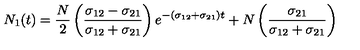
N _ { 1 } ( t ) = \frac { N } { 2 } \left( \frac { \sigma _ { 1 2 } - \sigma _ { 2 1 } } { \sigma _ { 1 2 } + \sigma _ { 2 1 } } \right) e ^ { - ( \sigma _ { 1 2 } + \sigma _ { 2 1 } ) t } + N \left( \frac { \sigma _ { 2 1 } } { \sigma _ { 1 2 } + \sigma _ { 2 1 } } \right)